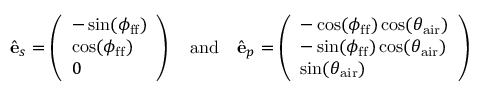
\hat { \mathbf { e } } _ { s } = \left( \begin{array} { l } { - \sin ( \phi _ { \mathrm { f f } } ) } \\ { \cos ( \phi _ { \mathrm { f f } } ) } \\ { 0 } \end{array} \right) \quad \mathrm { a n d } \quad \hat { \mathbf { e } } _ { p } = \left( \begin{array} { l } { - \cos ( \phi _ { \mathrm { f f } } ) \cos ( \theta _ { \mathrm { a i r } } ) } \\ { - \sin ( \phi _ { \mathrm { f f } } ) \cos ( \theta _ { \mathrm { a i r } } ) } \\ { \sin ( \theta _ { \mathrm { a i r } } ) } \end{array} \right)